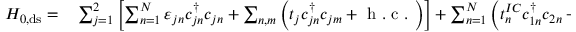
\begin{array} { r l } { H _ { 0 , \mathrm { d s } } = } & { { } \sum _ { j = 1 } ^ { 2 } \left[ \sum _ { n = 1 } ^ { N } \varepsilon _ { j n } c _ { j n } ^ { \dagger } c _ { j n } + \sum _ { n , m } \left( t _ { j } c _ { j n } ^ { \dagger } c _ { j m } + \mathrm { ~ h ~ . ~ c ~ . ~ } \right) \right] + \sum _ { n = 1 } ^ { N } \left( t _ { n } ^ { I C } c _ { 1 n } ^ { \dagger } c _ { 2 n } + \mathrm { ~ h ~ . ~ c ~ . ~ } \right) . } \end{array}